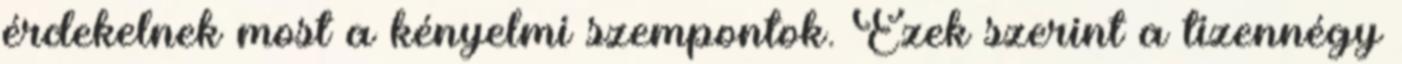
érdekelnek most a kényelmi szempontok. Ezek szerint a tizennégy